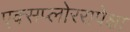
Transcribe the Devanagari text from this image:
एक्सप्लोररापेक्षा